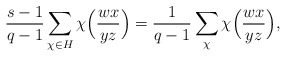
\begin{align*}\frac{s-1}{q-1}\sum_{\chi\in H}\chi\Big(\frac{wx}{yz}\Big)=\frac{1}{q-1}\sum_\chi\chi\Big(\frac{wx}{yz}\Big),\end{align*}